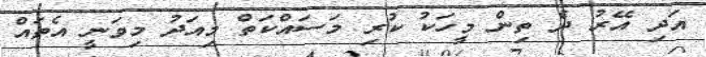
އަދި އޭރު ދެ ތިން މީހަކު ކުރި މަސައްކަތް މިއަދު މިވަނީ އެތައް